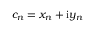
c _ { n } = x _ { n } + \mathrm { i } y _ { n }